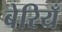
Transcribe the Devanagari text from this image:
बेरियँ